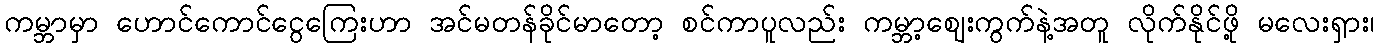
ကမ္ဘာမှာ ဟောင်ကောင်ငွေကြေးဟာ အင်မတန်ခိုင်မာတော့ စင်ကာပူလည်း ကမ္ဘာ့ဈေးကွက်နဲ့အတူ လိုက်နိုင်ဖို့ မလေးရှား၊